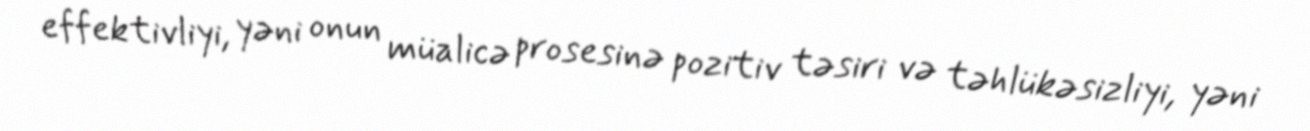
effektivliyi, yəni onun müalicə prosesinə pozitiv təsiri və təhlükəsizliyi, yəni